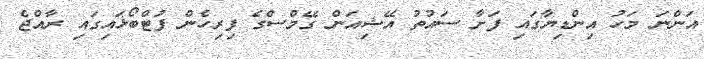
އަންނަ މަހު އިންޑިޔާގައި ފަށާ ސައުތު އޭޝިއަން ގޭމްސްގެ ފިރިހެން ފުޓްބޯޅައިގައި ރާއްޖެ